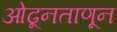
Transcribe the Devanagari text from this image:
ओढूनताणून